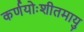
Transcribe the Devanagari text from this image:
कर्णयोःशीतमायु